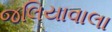
જલિયાવાલા